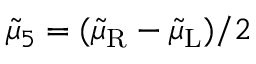
\tilde { \mu } _ { 5 } = ( \tilde { \mu } _ { \mathrm { R } } - \tilde { \mu } _ { \mathrm { L } } ) / 2